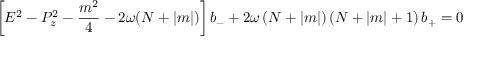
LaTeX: \left[ E ^ { 2 } - P _ { z } ^ { 2 } - \frac { m ^ { 2 } } { 4 } - 2 \omega ( N + \left| m \right| ) \right] b _ { - } + 2 \omega \left( N + \left| m \right| \right) \left( N + \left| m \right| + 1 \right) b _ { + } = 0